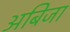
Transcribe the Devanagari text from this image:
अबिजा